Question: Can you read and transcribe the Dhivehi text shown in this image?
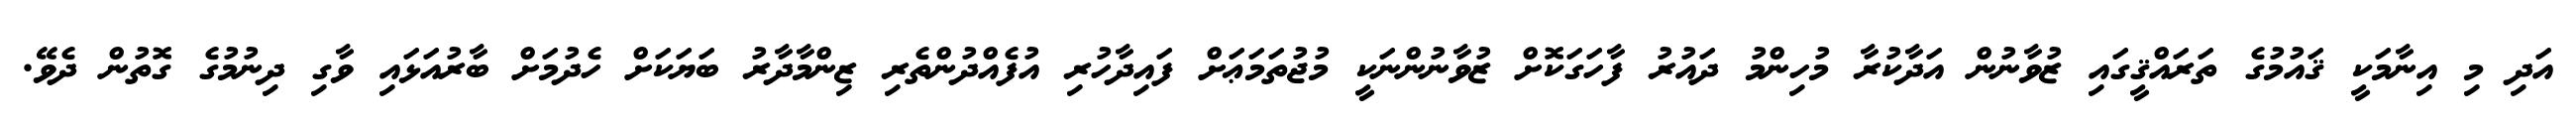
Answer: އަދި މި އިނާމަކީ ޤައުމުގެ ތަރައްޤީގައި ޒުވާނުން އަދާކުރާ މުހިންމު ދައުރު ފާހަގަކޮށް ޒުވާނުންނަކީ މުޖުތަމަޢަށް ފައިދާހުރި އުފެއްދުންތެރި ޒިންމާދާރު ބަޔަކަށް ހެދުމަށް ބާރުއަޅައި ވާގި ދިނުމުގެ ގޮތުން ދެވޭ.